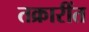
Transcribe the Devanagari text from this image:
तक्रारींत